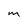
Character: M